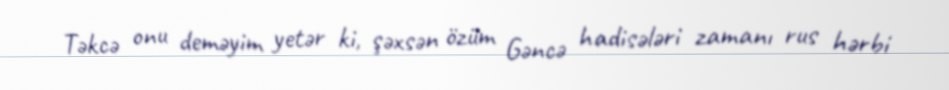
Təkcə onu deməyim yetər ki, şəxsən özüm Gəncə hadisələri zamanı rus hərbi